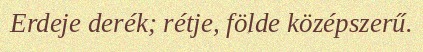
Erdeje derék; rétje, földe középszerű.